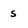
Character: s